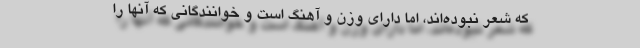
که شعر نبوده‌اند، اما دارای وزن و آهنگ است و خوانندگانی که آنها را